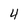
Character: 4